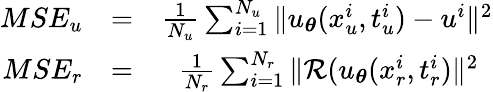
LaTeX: \begin{array}{rlr}{MSE_{u}}&{=}&{\frac{1}{N_{u}}\sum_{i=1}^{N_{u}}\| u_{\boldsymbol{\theta}}(x_{u}^{i},t_{u}^{i})-u^{i}\| ^{2}}\\ {MSE_{r}}&{=}&{\frac{1}{N_{r}}\sum_{i=1}^{N_{r}}\| \mathcal{R}(u_{\boldsymbol{\theta}}(x_{r}^{i},t_{r}^{i})\| ^{2}\, \, \, }\end{array}